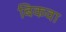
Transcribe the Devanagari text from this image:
बिकवा